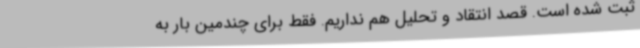
ثبت شده است. قصد انتقاد و تحلیل هم نداریم. فقط برای چندمین بار به